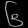
Digit: ၆